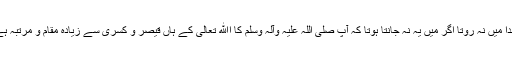
بخدا میں نہ روتا اگر میں یہ نہ جانتا ہوتا کہ آپ صلی اللہ علیہ وآلہ وسلم کا اﷲ تعالیٰ کے ہاں قیصر و کسریٰ سے زیادہ مقام و مرتبہ ہے۔